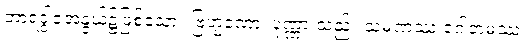
ဘာရဒွါဇအနွယ်၌ဖြစ်သော။ ဗြဟ္မဏော၊ ပုဏ္ဏားသည်။ သမဏဿ ဂေါတမဿ၊